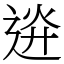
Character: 䢠